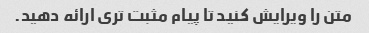
متن را ویرایش کنید تا پیام مثبت تری ارائه دهید.